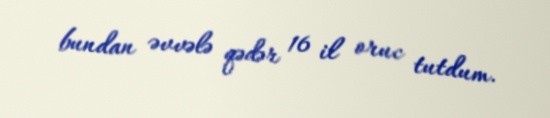
bundan əvvələ qədər 16 il oruc tutdum.